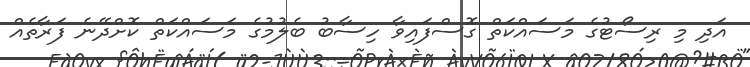
އަދި މި ރިސޯޓުގެ މަސައްކަތް ގޮސްފައިވާ ހިސާބު ބެލުމުގެ މަސައްކަތް ކޮށްދޭނެ ފަރާތެއް